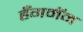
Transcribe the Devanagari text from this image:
हँगमॅन